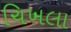
ચિખલા